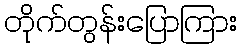
တိုက်တွန်းပြောကြား